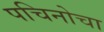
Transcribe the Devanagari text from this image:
पचिनोचा